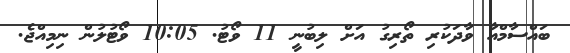
ބައްސާމްއާ ވާދަކުރި ތޯރިގު އަށް ލިބުނީ 11 ވޯޓު. 10:05 ވޯޓުލުން ނިމިއްޖެ.